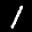
Label: 1